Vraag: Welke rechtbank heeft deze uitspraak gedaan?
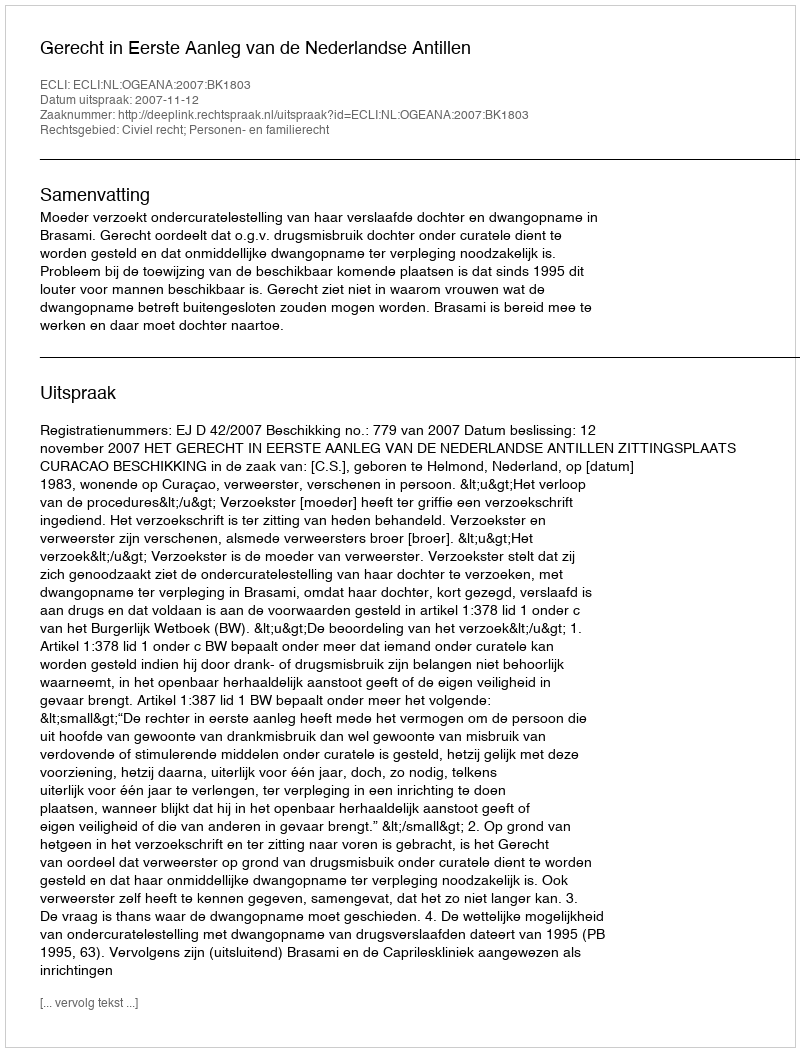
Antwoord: Gerecht in Eerste Aanleg van de Nederlandse Antillen